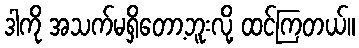
ဒါကို အသက်မရှိတော့ဘူးလို့ ထင်ကြတယ်။